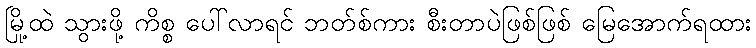
မြို့ထဲ သွားဖို့ ကိစ္စ ပေါ်လာရင် ဘတ်စ်ကား စီးတာပဲဖြစ်ဖြစ် မြေအောက်ရထား